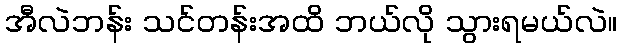
အီလဲဘန်း သင်တန်းအထိ ဘယ်လို သွားရမယ်လဲ။